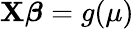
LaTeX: \mathbf{X}{\boldsymbol{\beta}}=g(\mu)\,